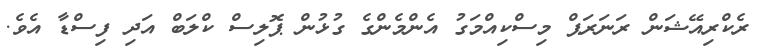
ރެކްރިއޭޝަން ރަނަރަޕް މިސްކިއްމަގު އެންމެންގެ ގުޅުން ޕޮލިސް ކްލަބް އަދި ފިސްޑާ އެވެ.